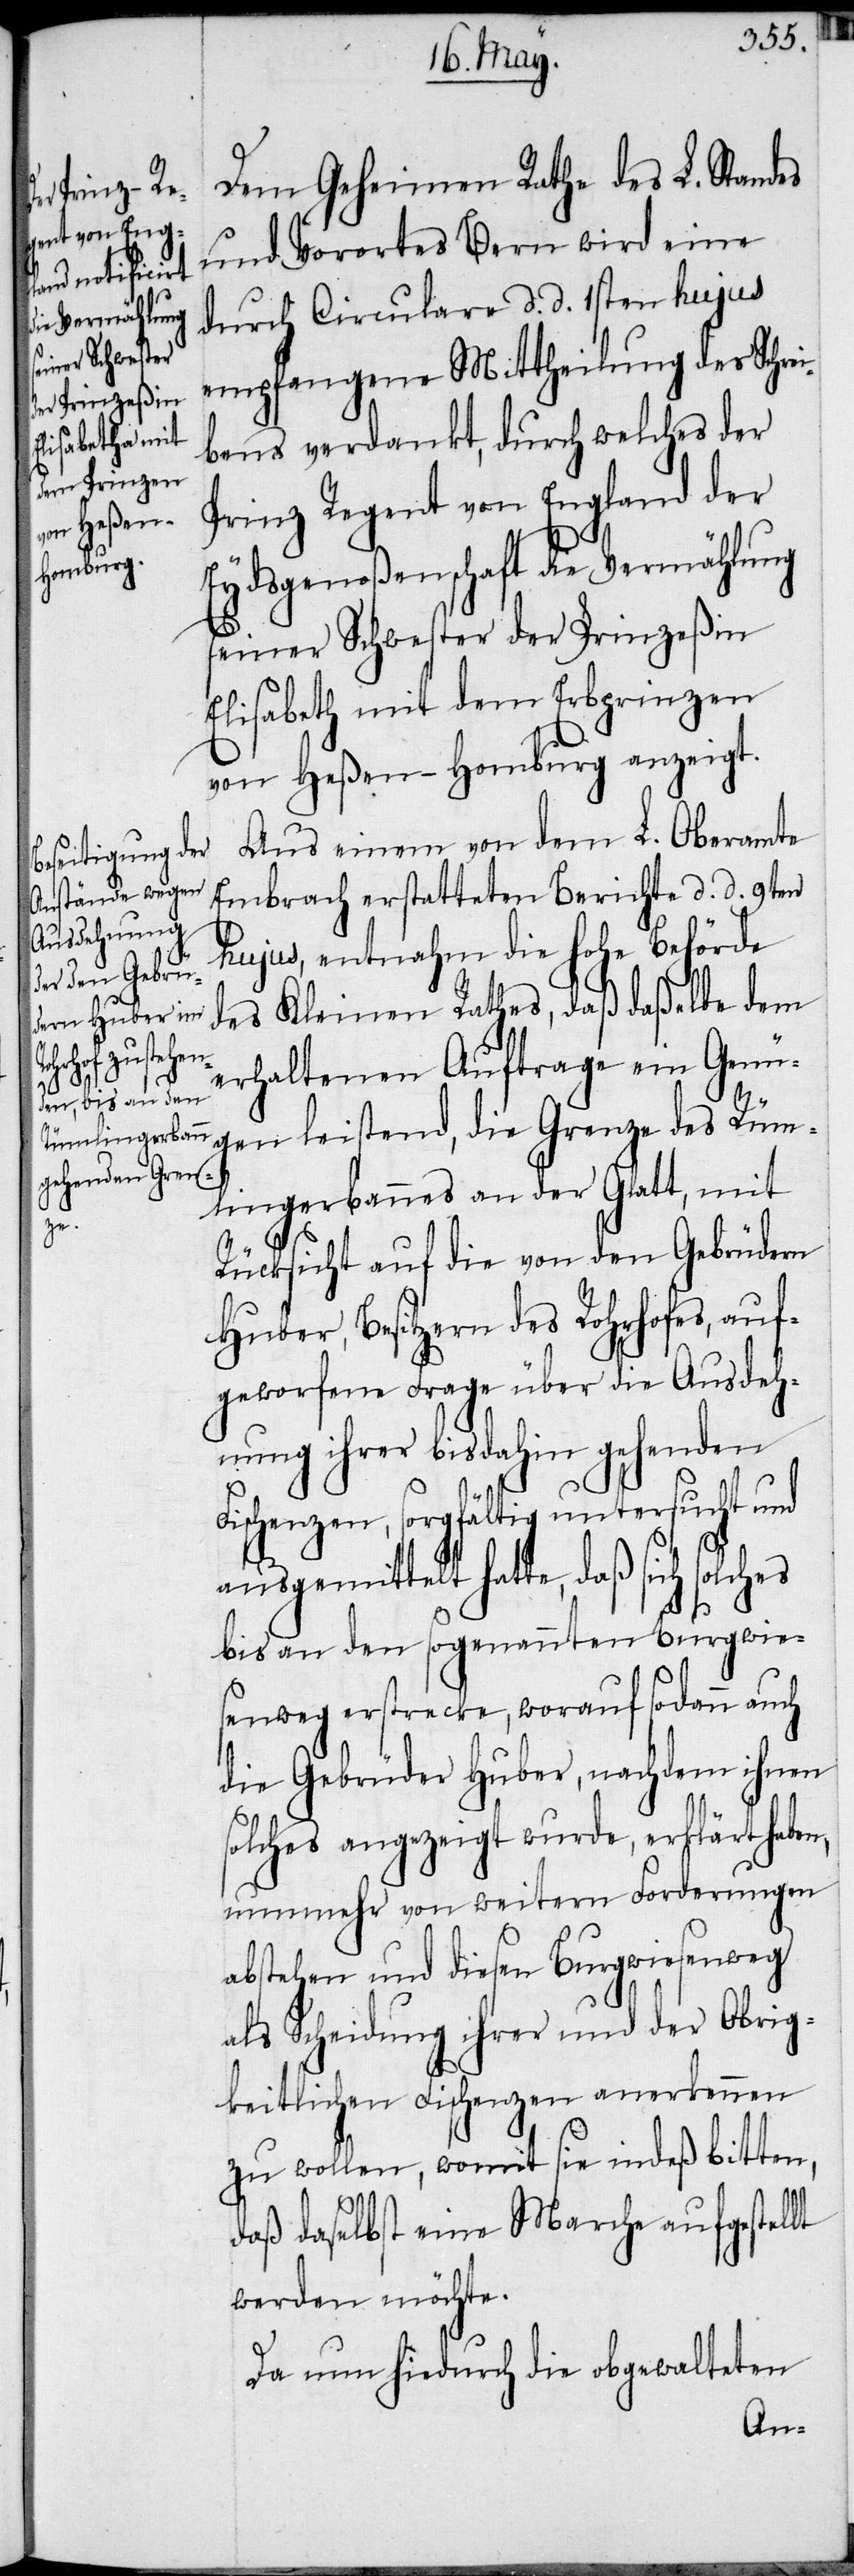
Dem Geheimen Rathe des L. Standes
und Vorortes Bern wird eine
durch Circulare d. d. 1sten hujus
empfangene Mittheilung des Schrei¬
bens verdankt, durch welches der
Prinz Regent von England der
Eydsgenoßenschaft die Vermählung
seiner Schwester der Prinzeßin
Elisabeth mit dem Erbprinzen
von Heßen-Homburg anzeigt.
Aus einem von dem L. Oberamte
Embrach erstatteten Berichte d. d. 9ten
hujus, entnahm die hohe Behörde
des Kleinen Rathes, daß daßelbe dem
erhaltenen Auftrage ein Genü¬
gen leistend, die Grenze des Rüm¬
lingerbannes an der Glatt, mit
Rücksicht auf die von den Gebrüdern
Huber, Besitzern des Rohrhofes, auf¬
geworfene Frage über die Ausdeh¬
nung ihrer bis dahin gehenden
Fischenzen, sorgfältig untersucht und
ausgemittelt hatte, daß sich solches
bis an den sogenannten Burgwie¬
senweg erstrecke, worauf sodann auch
die Gebrüder Huber, nachdem ihnen
solches angezeigt wurde, erklärt haben,
nunmehr von weitern Forderungen
abstehen und diesen Burgwiesenweg
als Scheidung ihrer und der Obrig¬
keitlichen Fischenzen anerkennen
zu wollen, womit sie indeß bitten,
daß daselbst eine Marche aufgestellt
werden möchte.
Da nun hiedurch die obgewalteten